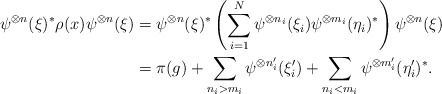
\begin{align*}\psi^{\otimes n} (\xi)^* \rho(x) \psi^{\otimes n} (\xi) &= \psi^{\otimes n} (\xi)^* \left( \sum_{i=1}^N \psi^{\otimes n_i} (\xi_i) \psi^{\otimes m_i} (\eta_i)^* \right) \psi^{\otimes n} (\xi) \\&= \pi (g) + \sum_{n_i > m_i} \psi^{\otimes n'_i} (\xi'_i) + \sum_{n_i < m_i} \psi^{\otimes m'_i} (\eta'_i)^*. \end{align*}